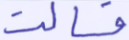
فسالت